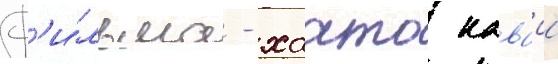
ф'и́льма - хаато каваи